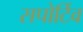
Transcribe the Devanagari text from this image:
सपोर्टिव